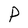
Character: P